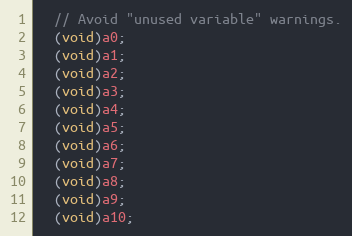
Language: C++
  // Avoid "unused variable" warnings.
  (void)a0;
  (void)a1;
  (void)a2;
  (void)a3;
  (void)a4;
  (void)a5;
  (void)a6;
  (void)a7;
  (void)a8;
  (void)a9;
  (void)a10;